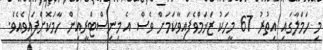
މި ހަމަލާގައި އިތުރު 67 މީހަކު ޒަޚަމްވެފައިވާކަމަށް ވެސް އެ މިނިސްޓްރީއިން ހާމަކޮށްފައިވެއެވެ.